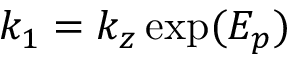
k _ { 1 } = k _ { z } \exp ( E _ { p } )